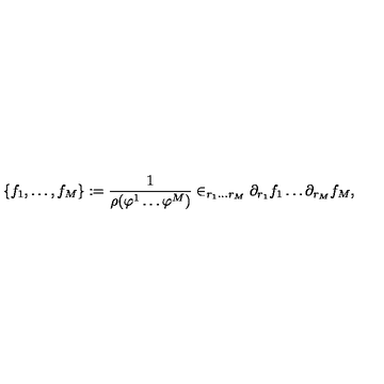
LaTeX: \{ f _ { 1 } , \dots , f _ { M } \} : = \frac { 1 } { \rho ( \varphi ^ { 1 } \dots \varphi ^ { M } ) } \in _ { r _ { 1 } \dots r _ { M } } \partial _ { r _ { 1 } } f _ { 1 } \dots \partial _ { r _ { M } } f _ { M } ,